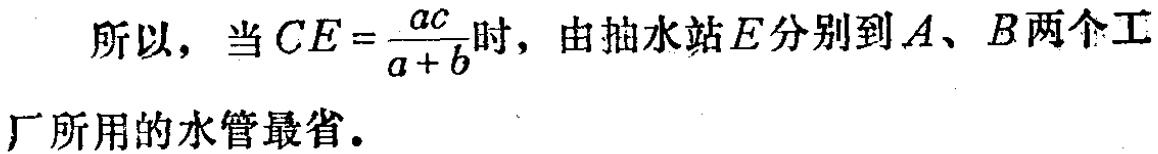
所以，当\(CE = \frac{ac}{a + b}\)时，由抽水站\(E\)分别到\(A\)、\(B\)两个工厂所用的水管最省。